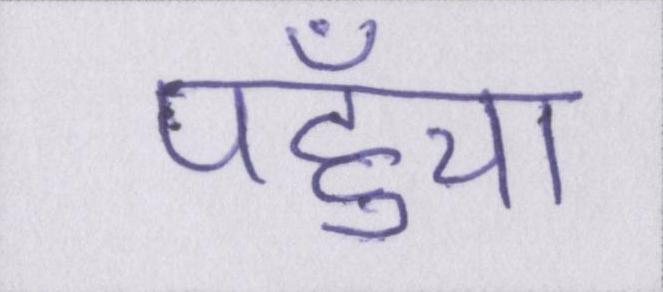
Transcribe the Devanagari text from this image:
पहुँचा